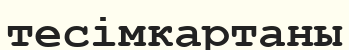
тесімкартаны